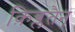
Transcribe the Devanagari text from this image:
क़िब्लतैन